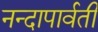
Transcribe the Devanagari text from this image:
नन्दापार्वती